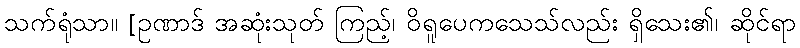
သက်ရုံသာ။ [ဥဏာဒ် အဆုံးသုတ် ကြည့်၊ ဝိရူပေကသေသ်လည်း ရှိသေး၏၊ ဆိုင်ရာ